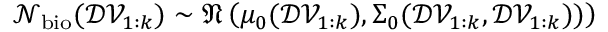
\mathcal { N } _ { \mathrm { b i o } } ( \mathcal { D V } _ { 1 : k } ) \sim { \mathfrak { N } } \left( \mu _ { 0 } ( \mathcal { D V } _ { 1 : k } ) , \Sigma _ { 0 } ( \mathcal { D V } _ { 1 : k } , \mathcal { D V } _ { 1 : k } ) ) \right)